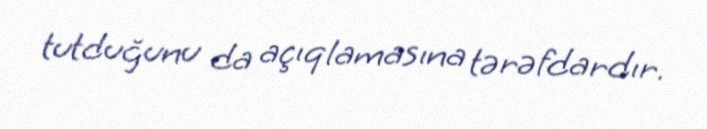
tutduğunu da açıqlamasına tərəfdardır.